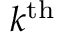
k ^ { \mathrm { t h } }